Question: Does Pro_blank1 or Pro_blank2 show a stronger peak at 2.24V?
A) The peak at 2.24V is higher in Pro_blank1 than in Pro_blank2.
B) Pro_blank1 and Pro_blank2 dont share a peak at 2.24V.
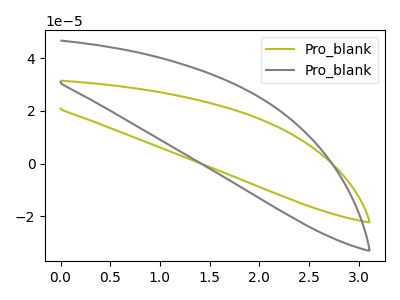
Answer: <think>The olive curve "Pro_blank1" has no peaks. The gray curve "Pro_blank2" has no peaks.</think>
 <answer>B) "Pro_blank1" and "Pro_blank2" dont share a peak at 2.24V.</answer>
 <eval>B</eval>